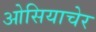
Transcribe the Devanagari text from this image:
ओसियाचेर